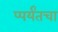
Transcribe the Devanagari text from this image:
प्पर्यंतचा